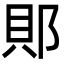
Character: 郥